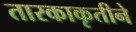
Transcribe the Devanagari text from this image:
तारकाकृतीने